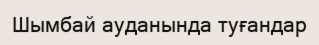
Шымбай ауданында туғандар